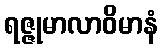
ရဇ္ဇုမာလာဝိမာနံ